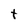
Character: t